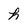
Character: h